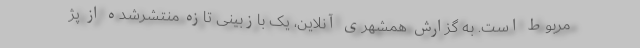
مربوط است. به گزارش همشهری آنلاین، یک بازبینی تازه منتشرشده از پژ